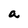
Character: a